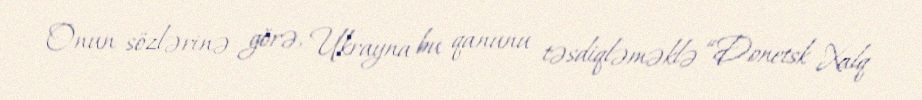
Onun sözlərinə görə, Ukrayna bu qanunu təsdiqləməklə “Donetsk Xalq